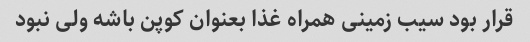
قرار بود سیب زمینی همراه غذا بعنوان کوپن باشه ولی نبود